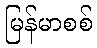
မြန်မာစစ်